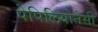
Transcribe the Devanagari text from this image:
पेपिलियोनेसी